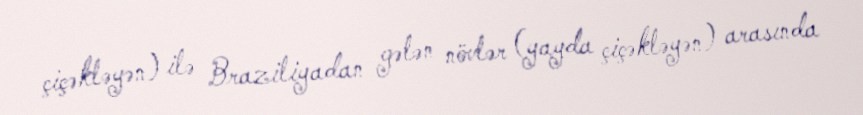
çiçəkləyən) ilə Braziliyadan gələn növlər (yayda çiçəkləyən) arasında